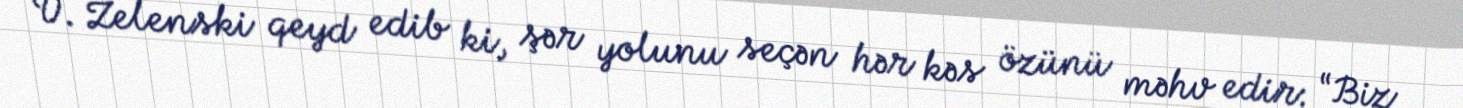
V. Zelenski qeyd edib ki, şər yolunu seçən hər kəs özünü məhv edir: “Biz